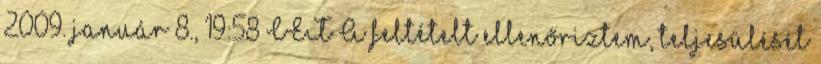
2009. január 8., 19:58 CET A feltételt ellenőriztem, teljesülését